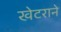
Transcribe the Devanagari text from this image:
खेटराने